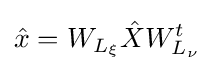
{\hat {x}}=W_{L_{\xi }}{\hat {X}}W_{L_{\nu }}^{t}